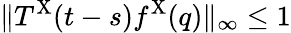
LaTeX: \| T^{\mathrm{X}}(t-s)f^{\mathrm{X}}(q)\| _{\infty}\leq 1